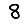
Digit: 8